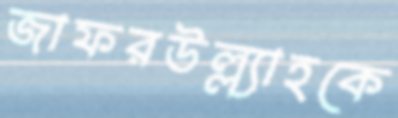
জাফরউল্ল্যাহকে